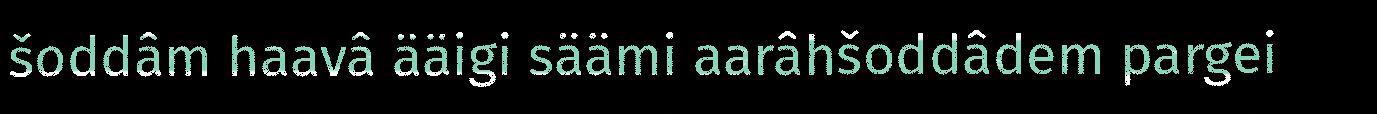
šoddâm haavâ ääigi säämi aarâhšoddâdem pargei